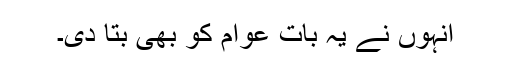
انہوں نے یہ بات عوام کو بھی بتا دی۔